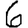
Digit: 6